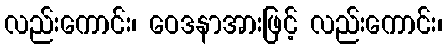
လည်းကောင်း၊ ဝေဒနာအားဖြင့် လည်းကောင်း၊